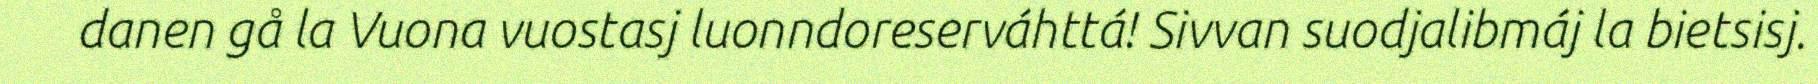
danen gå la Vuona vuostasj luonndoreserváhttá! Sivvan suodjalibmáj la bietsisj.